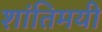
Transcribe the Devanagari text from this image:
शांतिमयी